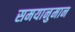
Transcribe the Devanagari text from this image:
समयानुमान